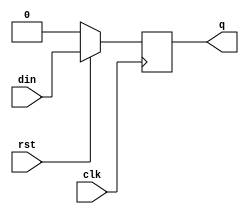
module D_FF1(q, din, clk, rst);

output q;
input din, clk, rst;

reg q; /* variable type declaration plus initial value setting */

always @(negedge clk) begin	/* synchronous and active high reset, negative clock edge triggering*/
	if (!rst)
		q <= 1'b0;  		/*synchronous,active high*/
	else
		q <= din;
end
		
endmodule